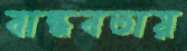
বান্ধবতায়